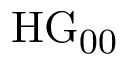
\mathrm { { H G } _ { 0 0 } }